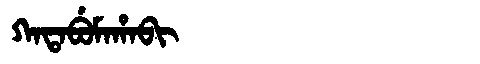
Manchu: ᡴᠠᡨᠠᠪᡠᠮᠠᡥᠠᠪᡳ
Romanization: KATABUMAHABI